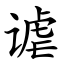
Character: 谑